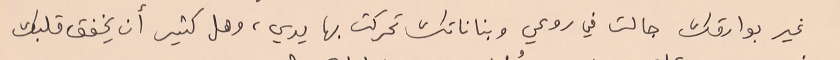
غير بوارقك جالت في روعي وبناناتك تحركت بها يدي، وهل كثير أن يخفق قلبك